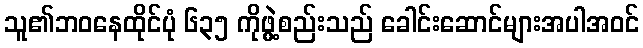
သူ၏ဘဝနေထိုင်ပုံ ၆၃၅ ကိုဖွဲ့စည်းသည် ခေါင်းဆောင်များအပါအဝင်